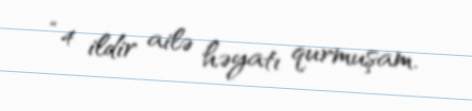
“4 ildir ailə həyatı qurmuşam.